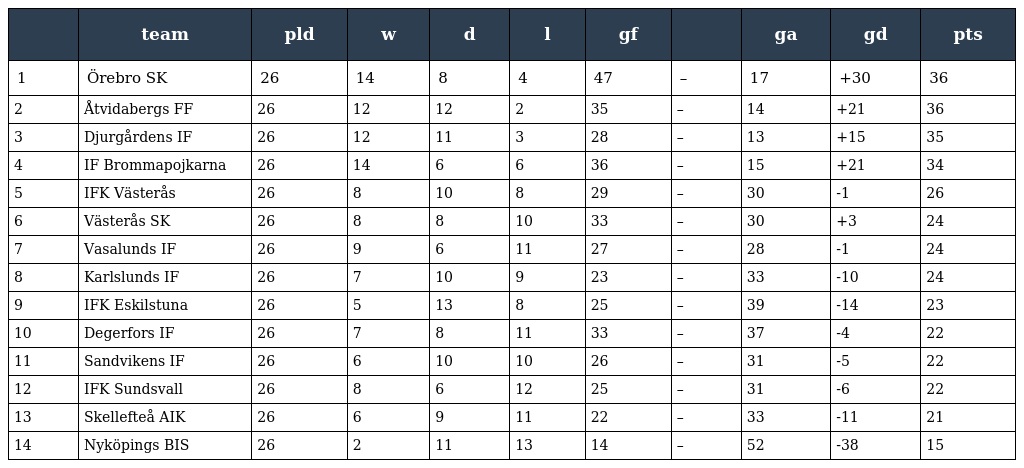
|  | team | pld | w | d | l | gf |  | ga | gd | pts |
 | --- | --- | --- | --- | --- | --- | --- | --- | --- | --- | --- |
 | 1 | Örebro SK | 26 | 14 | 8 | 4 | 47 | – | 17 | +30 | 36 |
 | 2 | Åtvidabergs FF | 26 | 12 | 12 | 2 | 35 | – | 14 | +21 | 36 |
 | 3 | Djurgårdens IF | 26 | 12 | 11 | 3 | 28 | – | 13 | +15 | 35 |
 | 4 | IF Brommapojkarna | 26 | 14 | 6 | 6 | 36 | – | 15 | +21 | 34 |
 | 5 | IFK Västerås | 26 | 8 | 10 | 8 | 29 | – | 30 | -1 | 26 |
 | 6 | Västerås SK | 26 | 8 | 8 | 10 | 33 | – | 30 | +3 | 24 |
 | 7 | Vasalunds IF | 26 | 9 | 6 | 11 | 27 | – | 28 | -1 | 24 |
 | 8 | Karlslunds IF | 26 | 7 | 10 | 9 | 23 | – | 33 | -10 | 24 |
 | 9 | IFK Eskilstuna | 26 | 5 | 13 | 8 | 25 | – | 39 | -14 | 23 |
 | 10 | Degerfors IF | 26 | 7 | 8 | 11 | 33 | – | 37 | -4 | 22 |
 | 11 | Sandvikens IF | 26 | 6 | 10 | 10 | 26 | – | 31 | -5 | 22 |
 | 12 | IFK Sundsvall | 26 | 8 | 6 | 12 | 25 | – | 31 | -6 | 22 |
 | 13 | Skellefteå AIK | 26 | 6 | 9 | 11 | 22 | – | 33 | -11 | 21 |
 | 14 | Nyköpings BIS | 26 | 2 | 11 | 13 | 14 | – | 52 | -38 | 15 |